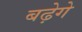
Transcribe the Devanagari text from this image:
बढ़ेगे